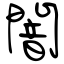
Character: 闇